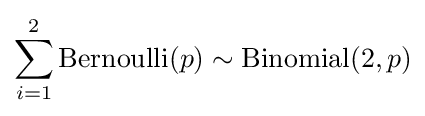
\sum _{i=1}^{2}\mathrm {Bernoulli} (p)\sim \mathrm {Binomial} (2,p)